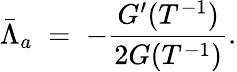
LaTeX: \bar{\Lambda}_{a}\; =\; -\frac{G^{\prime}(T^{-1})}{2G(T^{-1})}.